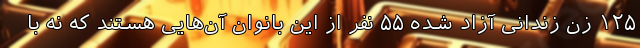
١٢۵ زن زندانی آزاد شده ۵۵ نفر از این بانوان آن‌هایی هستند که نه با